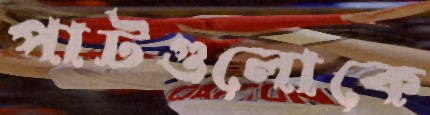
পাটগুলোকে